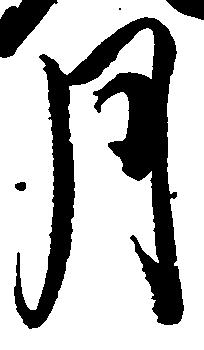
月